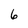
Character: 6